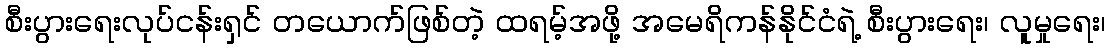
စီးပွားရေးလုပ်ငန်းရှင် တယောက်ဖြစ်တဲ့ ထရမ့်အဖို့ အမေရိကန်နိုင်ငံရဲ့ စီးပွားရေး၊ လူမှုရေး၊